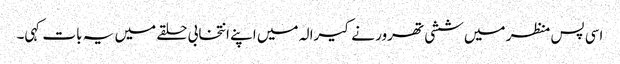
اسی پس منظر میں ششی تھرور نے کیرالہ میں اپنے انتخابی حلقے میں یہ بات کہی۔